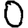
Digit: 0